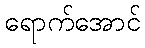
ရောက်အောင်